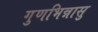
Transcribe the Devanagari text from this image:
गुणभिन्नासु